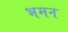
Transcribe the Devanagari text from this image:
भमन